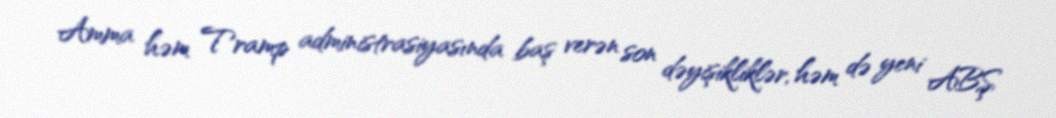
Amma həm Tramp administrasiyasında baş verən son dəyişikliklər, həm də yeni ABŞ